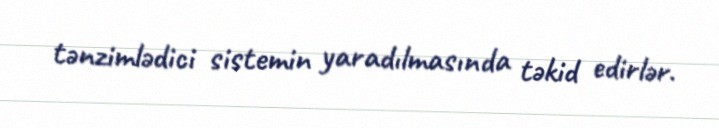
tənzimlədici sistemin yaradılmasında təkid edirlər.